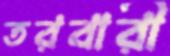
তরবারী